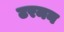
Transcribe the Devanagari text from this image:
टरमन